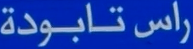
راس تابودة